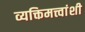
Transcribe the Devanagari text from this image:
व्यक्तिमत्त्वांशी